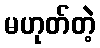
မဟုတ်တဲ့